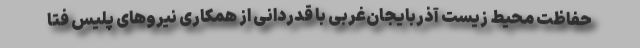
حفاظت محیط زیست آذربایجان‌غربی با قدردانی از همکاری نیروهای پلیس فتا